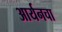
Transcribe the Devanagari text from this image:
आर्यनचा